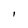
Character: I